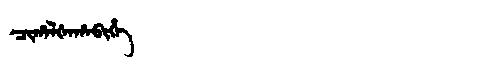
Manchu: ᠴᡳᡥᠠᠯᡧᠠᡥᠠᠪᡳᡥᡝ
Romanization: CIHALŠAHABIHE